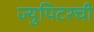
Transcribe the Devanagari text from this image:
ज्युपिटरची